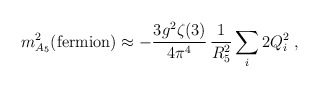
\begin{align*}m_{A_5}^2 ({\rm fermion}) \approx -\frac{3 g^2 \zeta(3)}{4\pi^4}\,\frac{1}{R_5^2} \sum_i 2 Q_i^2 \;,\end{align*}